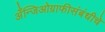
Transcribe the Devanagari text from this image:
अँन्जिओग्राफीसंबंधीचे